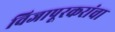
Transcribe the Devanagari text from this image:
विजापूरकरांचा